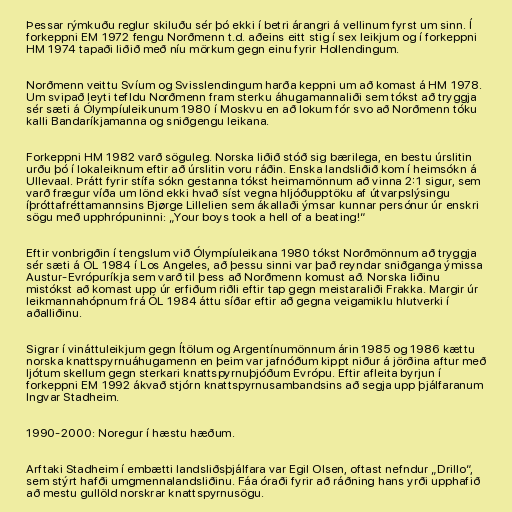
Þessar rýmkuðu reglur skiluðu sér þó ekki í betri árangri á vellinum fyrst um sinn. Í
forkeppni EM 1972 fengu Norðmenn t.d. aðeins eitt stig í sex leikjum og í forkeppni
HM 1974 tapaði liðið með níu mörkum gegn einu fyrir Hollendingum.

Norðmenn veittu Svíum og Svisslendingum harða keppni um að komast á HM 1978.
Um svipað leyti tefldu Norðmenn fram sterku áhugamannaliði sem tókst að tryggja
sér sæti á Ólympíuleikunum 1980 í Moskvu en að lokum fór svo að Norðmenn tóku
kalli Bandaríkjamanna og sniðgengu leikana.

Forkeppni HM 1982 varð söguleg. Norska liðið stóð sig bærilega, en bestu úrslitin
urðu þó í lokaleiknum eftir að úrslitin voru ráðin. Enska landsliðið kom í heimsókn á
Ullevaal. Þrátt fyrir stífa sókn gestanna tókst heimamönnum að vinna 2:1 sigur, sem
varð frægur víða um lönd ekki hvað síst vegna hljóðupptöku af útvarpslýsingu
íþróttafréttamannsins Bjørge Lillelien sem ákallaði ýmsar kunnar persónur úr enskri
sögu með upphrópuninni: „Your boys took a hell of a beating!“

Eftir vonbrigðin í tengslum við Ólympíuleikana 1980 tókst Norðmönnum að tryggja
sér sæti á ÓL 1984 í Los Angeles, að þessu sinni var það reyndar sniðganga ýmissa
Austur-Evrópuríkja sem varð til þess að Norðmenn komust að. Norska liðinu
mistókst að komast upp úr erfiðum riðli eftir tap gegn meistaraliði Frakka. Margir úr
leikmannahópnum frá ÓL 1984 áttu síðar eftir að gegna veigamiklu hlutverki í
aðalliðinu.

Sigrar í vináttuleikjum gegn Ítölum og Argentínumönnum árin 1985 og 1986 kættu
norska knattspyrnuáhugamenn en þeim var jafnóðum kippt niður á jörðina aftur með
ljótum skellum gegn sterkari knattspyrnuþjóðum Evrópu. Eftir afleita byrjun í
forkeppni EM 1992 ákvað stjórn knattspyrnusambandsins að segja upp þjálfaranum
Ingvar Stadheim.

1990-2000: Noregur í hæstu hæðum.

Arftaki Stadheim í embætti landsliðsþjálfara var Egil Olsen, oftast nefndur „Drillo“,
sem stýrt hafði umgmennalandsliðinu. Fáa óraði fyrir að ráðning hans yrði upphafið
að mestu gullöld norskrar knattspyrnusögu.